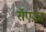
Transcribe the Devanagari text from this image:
रॉएज़्ज़